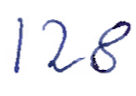
Text: 128
Cross-out: clean
Writing tool: ballpoint